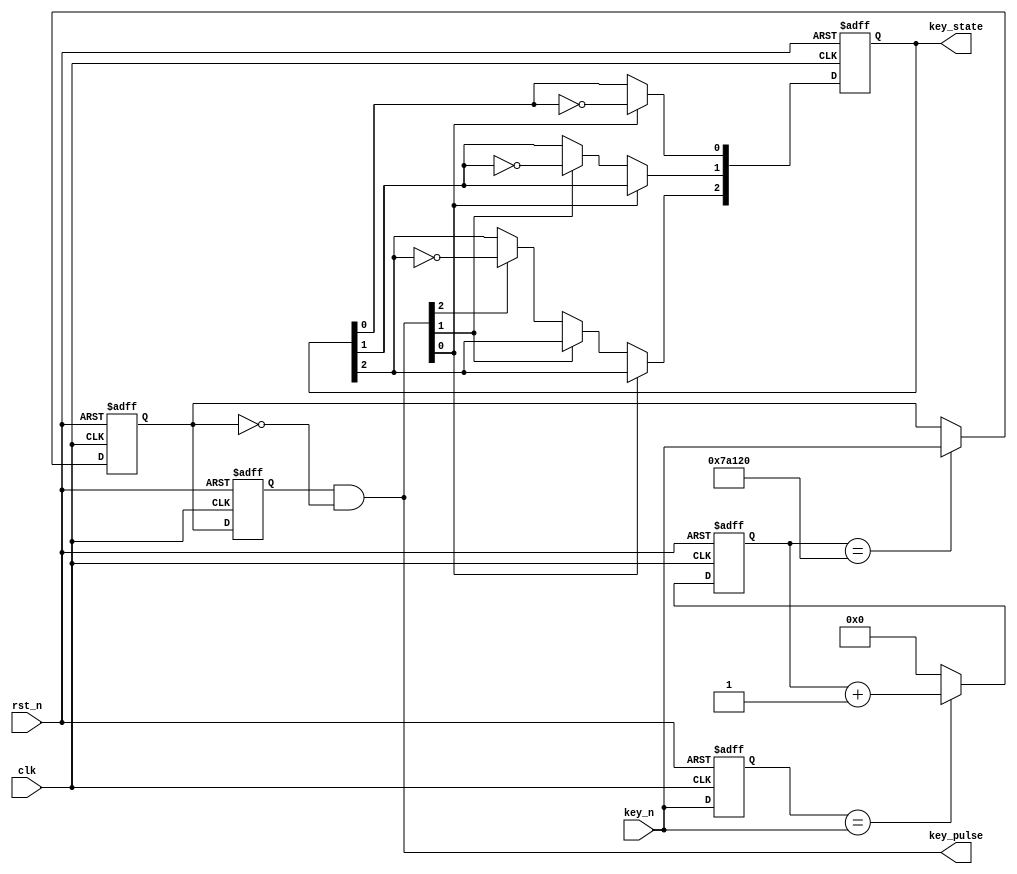
// --------------------------------------------------------------------
// >>>>>>>>>>>>>>>>>>>>>>>>> COPYRIGHT NOTICE <<<<<<<<<<<<<<<<<<<<<<<<<
// --------------------------------------------------------------------
// Module: Debounce
// 
// 
// Description: Debounce for button with FPGA/CPLD
// 
// Web: www.stepfpga.com
//
// --------------------------------------------------------------------
// Code Revision History :
// --------------------------------------------------------------------
// Version: |Mod. Date:   |Changes Made:
// V1.0     |2015/11/11   |Initial ver
// --------------------------------------------------------------------
module Debounce(clk,rst_n,key_n,key_pulse,key_state); 

input   				clk;			//system clock
input   				rst_n;			//system reset
input   		[2:0]	key_n;			//button input
output  		[2:0]	key_pulse;		//Debounce pulse output
output	reg		[2:0]	key_state;		//Debounce state output

reg [2:0] key_rst;   
//Register key_rst, lock key_n to next clk
always @(posedge clk  or  negedge rst_n)
    if (!rst_n) key_rst <= 3'b111;
    else  key_rst <=key_n;

//Detect the edge of key_n
wire  key_an = (key_rst==key_n)? 1'b0:1'b1;

reg[18:0]  cnt;
//Count the number of clk when a edge of key_n is occured
always @ (posedge clk  or negedge rst_n)
    if (!rst_n) cnt <= 19'd0;
    else if(key_an) cnt <=19'd0;
    else cnt <= cnt + 1'b1;

reg [2:0] low_sw;
//Lock the status to register low_sw when cnt count to 19'd500000
always @(posedge clk  or  negedge rst_n)
    if (!rst_n)  low_sw <= 3'b111;
	else if (cnt == 19'd500000)
        low_sw <= key_n;

reg [2:0] low_sw_r;
//Register low_sw_r, lock low_sw to next clk
always @ ( posedge clk  or  negedge rst_n )
    if (!rst_n) low_sw_r <= 3'b111;
    else  low_sw_r <= low_sw;

wire [2:0] key_pulse;
//Detect the negedge of low_sw, generate pulse
assign key_pulse= low_sw_r & ( ~low_sw);

//Detect the negedge of low_sw, generate state
always @(posedge clk or negedge rst_n)
	if (!rst_n) key_state <= 3'b111;
    else if(key_pulse[0]) key_state[0] <= ~key_state[0];
	else if(key_pulse[1]) key_state[1] <= ~key_state[1];
	else if(key_pulse[2]) key_state[2] <= ~key_state[2];
	else key_state <= key_state;

endmodule